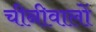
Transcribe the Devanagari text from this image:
चीनीवालों